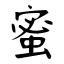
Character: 蜜